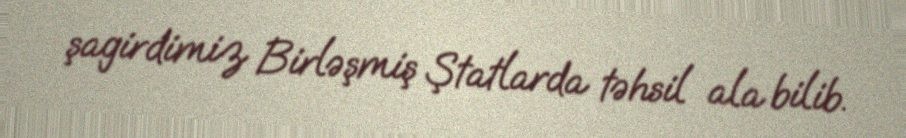
şagirdimiz Birləşmiş Ştatlarda təhsil ala bilib.